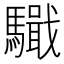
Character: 𩦤